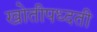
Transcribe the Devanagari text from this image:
खोतीपध्दती